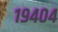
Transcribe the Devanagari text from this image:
१९४०४